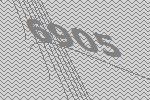
6905